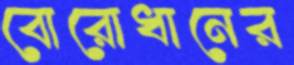
বোরোধানের